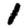
Digit: 1